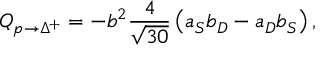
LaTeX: Q _ { p \to \Delta ^ { + } } = - b ^ { 2 } { \frac { 4 } { \sqrt { 3 0 } } } \left( a _ { S } b _ { D } - a _ { D } b _ { S } \right) ,